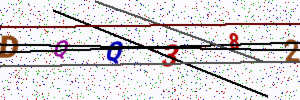
Text: DQQ382